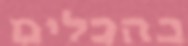
בהכלים